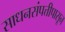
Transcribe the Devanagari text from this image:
साधनसंपत्तीपासून